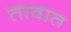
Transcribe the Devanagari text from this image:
तावात